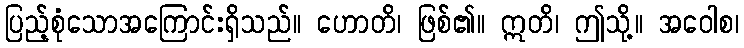
ပြည့်စုံသောအကြောင်းရှိသည်။ ဟောတိ၊ ဖြစ်၏။ ဣတိ၊ ဤသို့။ အဝေါစ၊